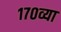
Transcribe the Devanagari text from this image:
१७०व्या